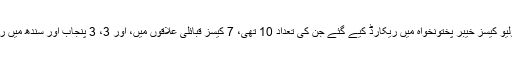
سب سے زیادہ پولیو کیسز خیبر پختونخواہ میں ریکارڈ کیے گئے جن کی تعداد 10 تھی، 7 کیسز قبائلی علاقوں میں، اور 3، 3 پنجاب اور سندھ میں ریکارڈ کیے گئے۔